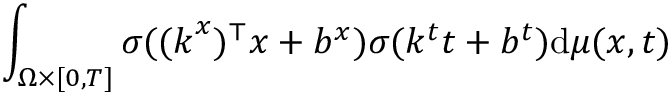
\int _ { \Omega \times [ 0 , T ] } \sigma ( ( \boldsymbol { k } ^ { x } ) ^ { \top } \boldsymbol { x } + b ^ { x } ) \sigma ( k ^ { t } t + b ^ { t } ) \mathrm { d } \mu ( \boldsymbol { x } , t )